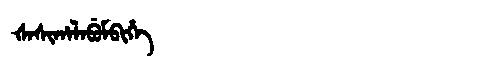
Manchu: ᡧᠠᠰᡳᡥᠠᠯᠠᠪᡠᠮᠪᡳᡥᡝ
Romanization: ŠASIHALABUMBIHE